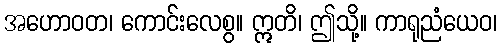
အဟောဝတ၊ ကောင်းလေစွ။ ဣတိ၊ ဤသို့။ ကာရုညံယေဝ၊